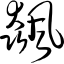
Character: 飙